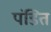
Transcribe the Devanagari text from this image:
पंडित